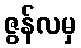
ဇွန်လမှ